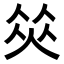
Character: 𠉭